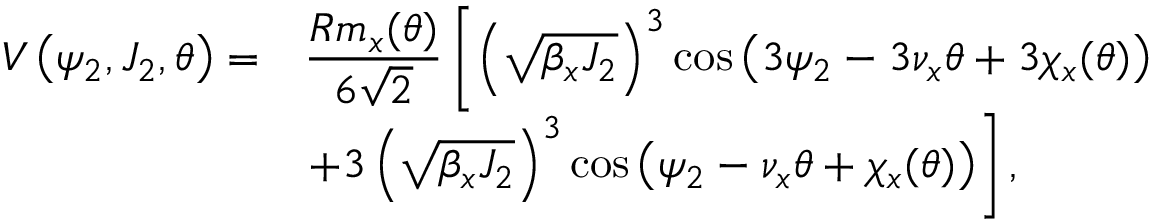
\begin{array} { c l } { \displaystyle V \left( \psi _ { 2 } , J _ { 2 } , \theta \right) = } & { \displaystyle \frac { R m _ { x } ( \theta ) } { 6 \sqrt 2 } \left[ \left( \sqrt { \beta _ { x } J _ { 2 } } \right) ^ { 3 } \cos \left( 3 \psi _ { 2 } - 3 \nu _ { x } \theta + 3 \chi _ { x } ( \theta ) \right) \right. } \\ { \displaystyle } & { \displaystyle \left. + 3 \left( \sqrt { \beta _ { x } J _ { 2 } } \right) ^ { 3 } \cos \left( \psi _ { 2 } - \nu _ { x } \theta + \chi _ { x } ( \theta ) \right) \right] , } \end{array}